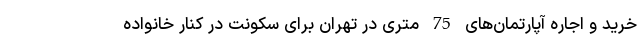
خرید و اجاره آپارتمان‌های 75 متری در تهران برای سکونت در کنار خانواده